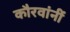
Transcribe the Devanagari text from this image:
कौरवांनीं